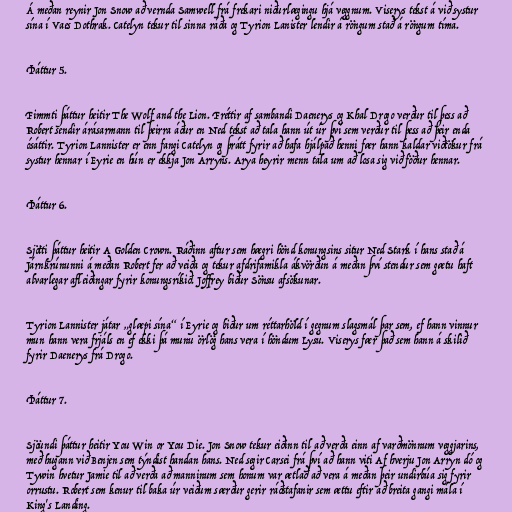
Á meðan reynir Jon Snow að vernda Samwell frá frekari niðurlægingu hjá veggnum. Viserys tekst á við systur
sína í Vaes Dothrak. Catelyn tekur til sinna ráða og Tyrion Lanister lendir á röngum stað á röngum tíma.

Þáttur 5.

Fimmti þáttur heitir The Wolf and the Lion. Fréttir af sambandi Daenerys og Khal Drogo verður til þess að
Robert sendir árásarmann til þeirra áður en Ned tekst að tala hann út úr því sem verður til þess að þeir enda
ósáttir. Tyrion Lannister er enn fangi Catelyn og þrátt fyrir að hafa hjálpað henni fær hann kaldar viðtökur frá
systur hennar í Eyrie en hún er ekkja Jon Arryns. Arya heyrir menn tala um að losa sig við föður hennar.

Þáttur 6.

Sjötti þáttur heitir A Golden Crown. Ráðinn aftur sem hægri hönd konungsins situr Ned Stark í hans stað á
Járnkrúnunni á meðan Robert fer að veiða og tekur afdrifamikla ákvörðun á meðan því stendur sem gætu haft
alvarlegar afleiðingar fyrir konungsríkið. Joffrey biður Sönsu afsökunar.

Tyrion Lannister játar „glæpi sína“ í Eyrie og biður um réttarhöld í gegnum slagsmál þar sem, ef hann vinnur
mun hann vera frjáls en ef ekki þá munu örlög hans vera í höndum Lysu. Viserys fær það sem hann á skilið
fyrir Daenerys frá Drogo.

Þáttur 7.

Sjöundi þáttur heitir You Win or You Die. Jon Snow tekur eiðinn til að verða einn af varðmönnum veggjarins,
með hugann við Benjen sem týndist handan hans. Ned segir Carsei frá því að hann viti Af hverju Jon Arryn dó og
Tywin hvetur Jamie til að verða að manninum sem honum var ætlað að vera á meðan þeir undirbúa sig fyrir
orrustu. Robert sem kenur til baka úr veiðum særður gerir ráðstafanir sem ættu eftir að breita gangi mála í
King's Landing.